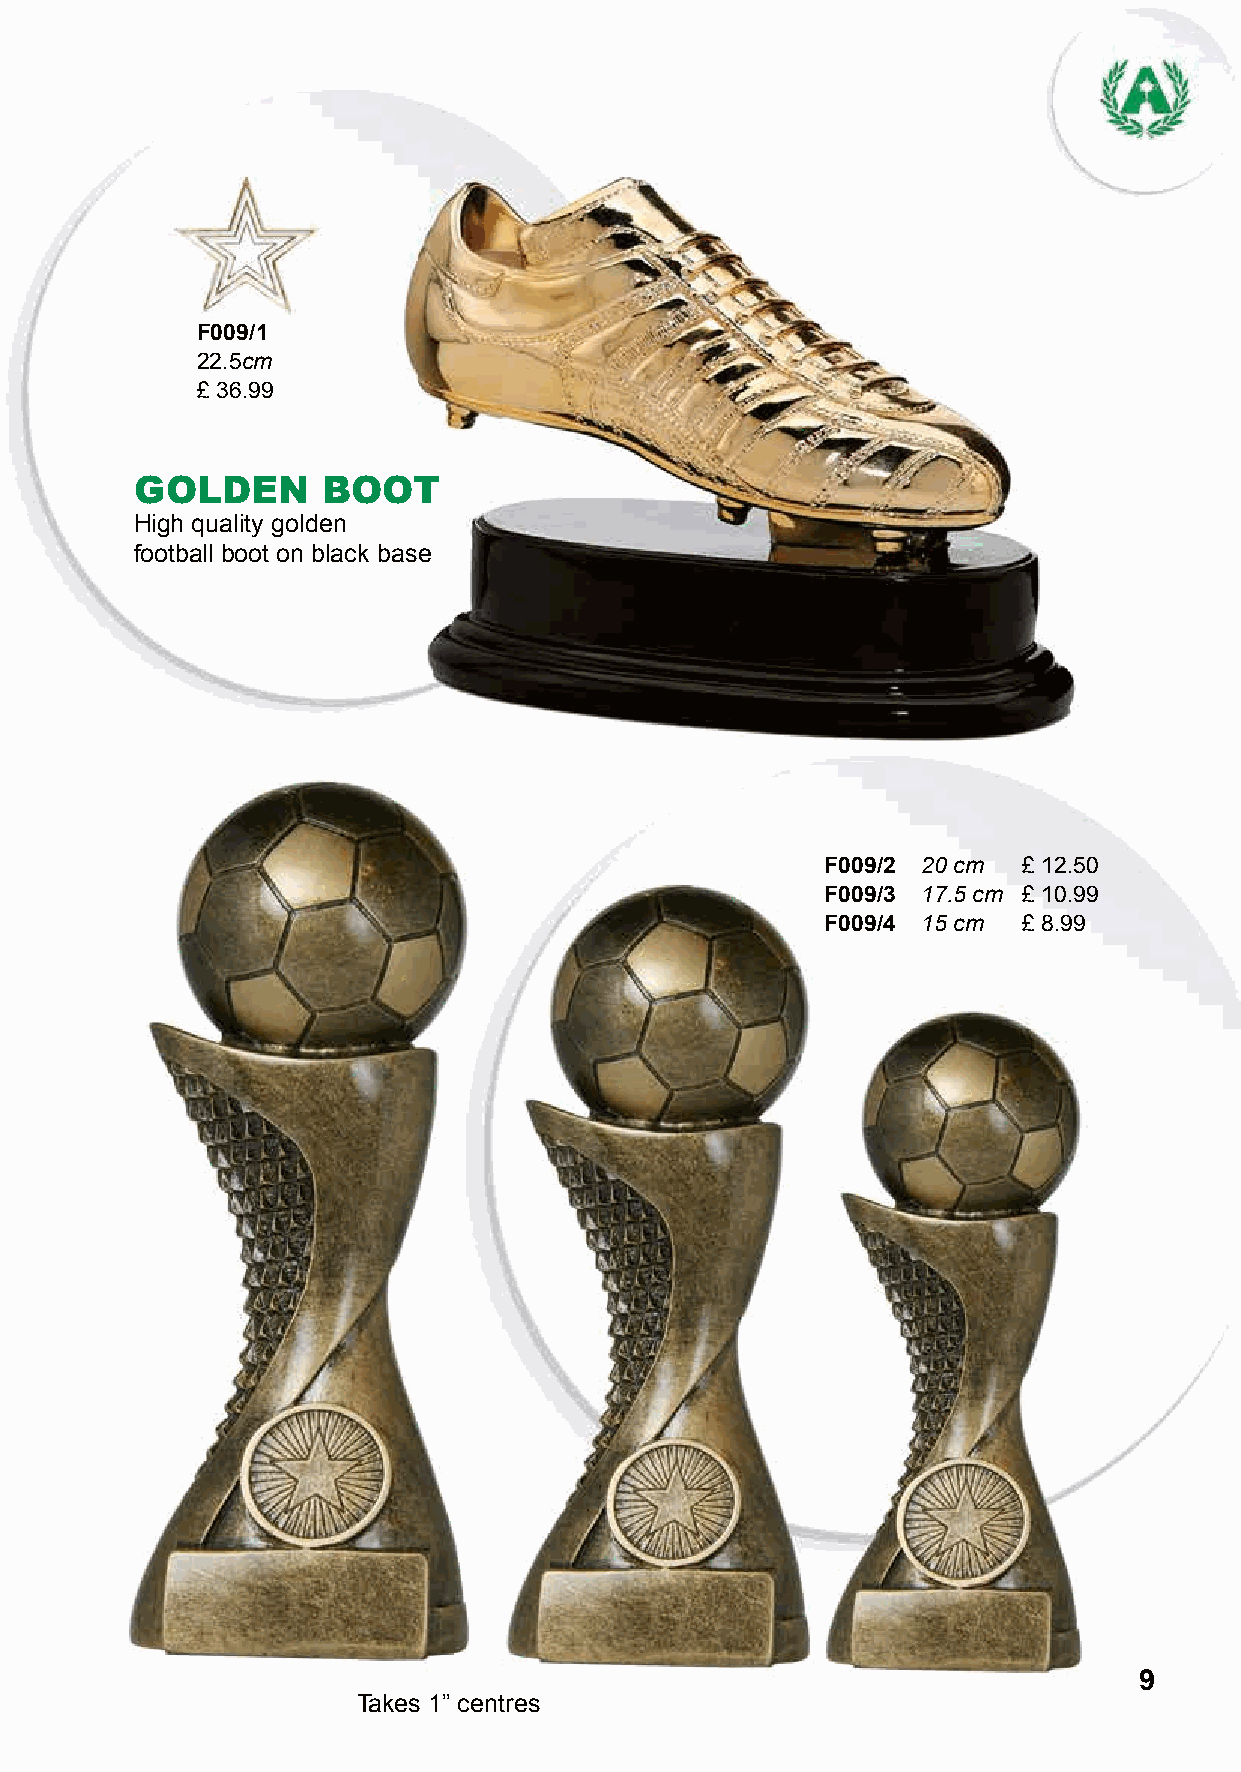
F009/1
 22.5cm
 £ 36.99
 GOLDEN      BOOT
 High quality golden
 football boot on black base
 F009/2 20 cm £ 12.50
 F009/3 17.5 cm £ 10.99
 F009/4 15 cm £ 8.99
 9
 Takes 1” centres